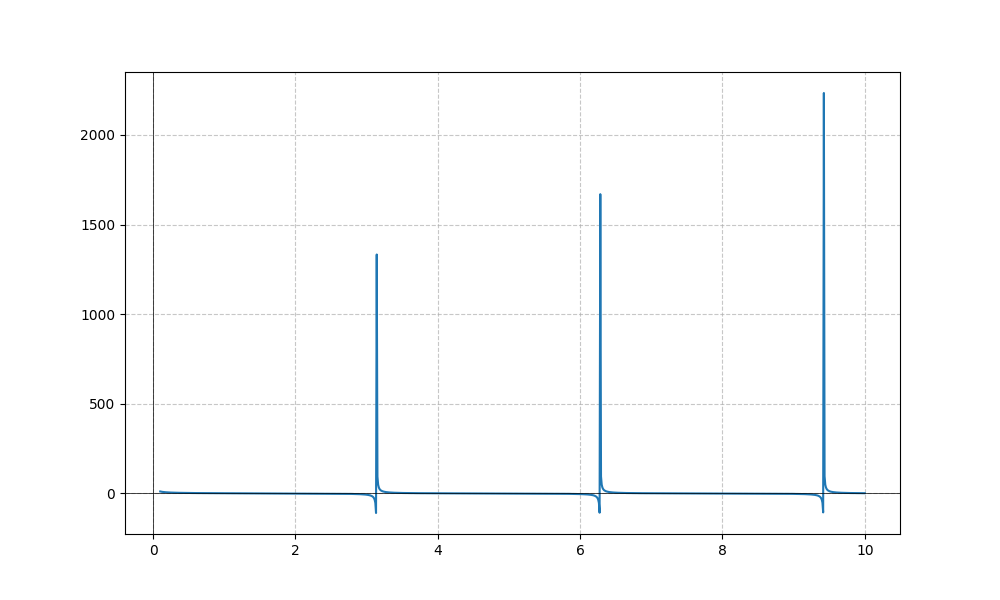
LaTeX formula: \cot{\left(x \right)} - \operatorname{atan}{\left(x \right)}